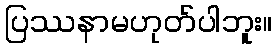
ပြဿနာမဟုတ်ပါဘူး။